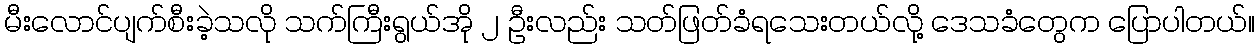
မီးလောင်ပျက်စီးခဲ့သလို သက်ကြီးရွယ်အို ၂ ဦးလည်း သတ်ဖြတ်ခံရသေးတယ်လို့ ဒေသခံတွေက ပြောပါတယ်။